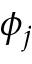
\phi _ { j }